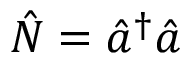
\hat { N } = \hat { a } ^ { \dagger } \hat { a }